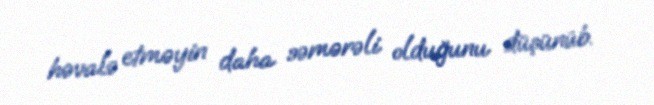
həvalə etməyin daha səmərəli olduğunu düşünüb.